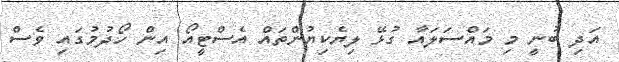
އަދި ބުނީ މި މައްސަލައާ ގުޅޭ ލިޔެކިޔުންތައް އެސްޓީއޯ އިން ހޯދުމުގައި ވެސް